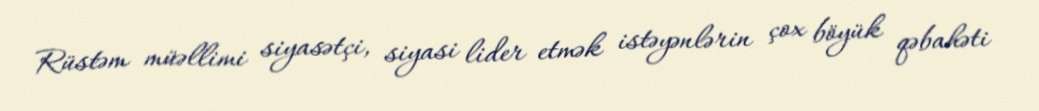
Rüstəm müəllimi siyasətçi, siyasi lider etmək istəyənlərin çox böyük qəbahəti